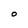
Character: O